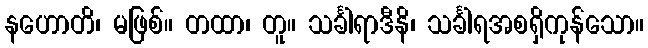
နဟောတိ၊ မဖြစ်။ တထာ၊ တူ။ သင်္ခါရာဒီနိ၊ သင်္ခါရအစရှိကုန်သော။